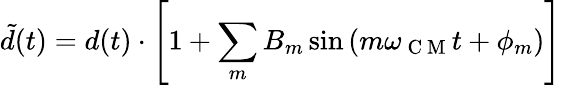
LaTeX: \tilde{d}(t)=d(t)\cdot\left[1+\sum_{m}B_{m}\sin{(m\omega_{\mathrm{~C~M~}}t+\phi_{m})}\right]